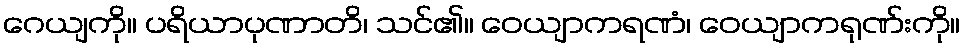
ဂေယျကို။ ပရိယာပုဏာတိ၊ သင်၏။ ဝေယျာကရဏံ၊ ဝေယျာကရုဏ်းကို။